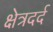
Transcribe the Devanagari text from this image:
क्षेत्रदर्द